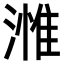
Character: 𣻰